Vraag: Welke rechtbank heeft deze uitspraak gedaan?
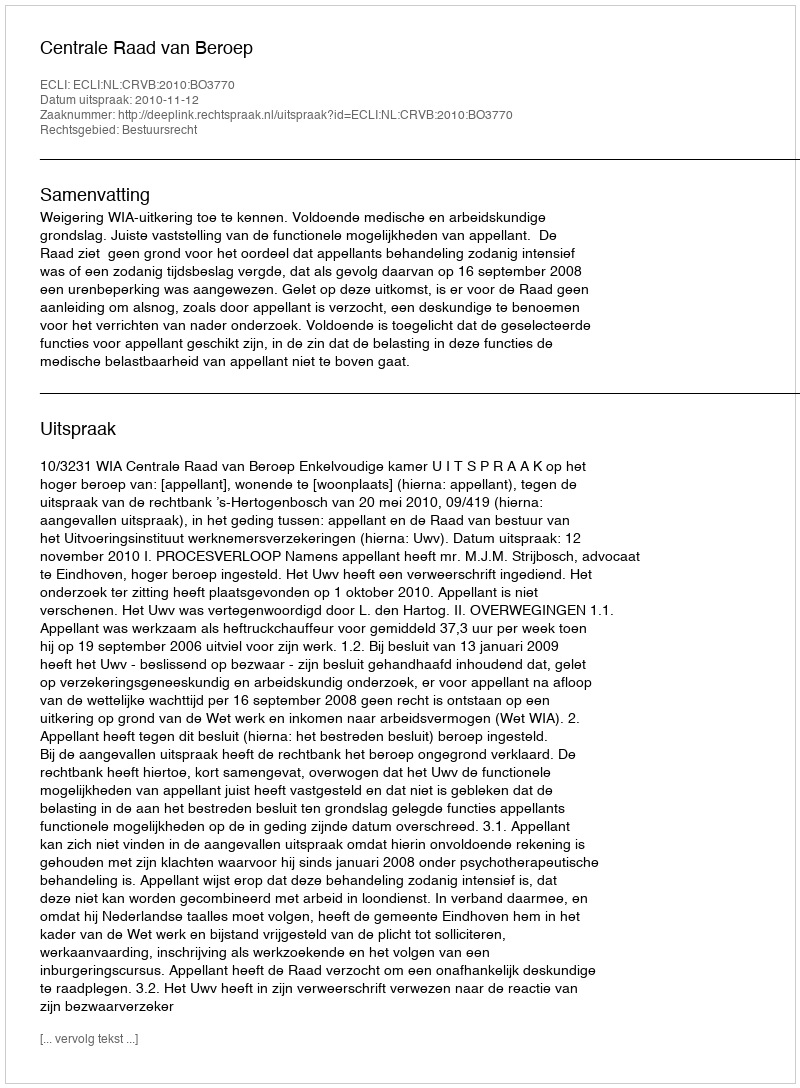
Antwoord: Centrale Raad van Beroep